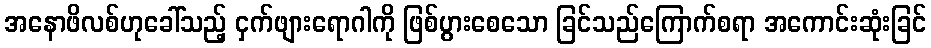
အနောဖိလစ်ဟုခေါ်သည့် ငှက်ဖျားရောဂါကို ဖြစ်ပွားစေသော ခြင်သည်ကြောက်စရာ အကောင်းဆုံးခြင်